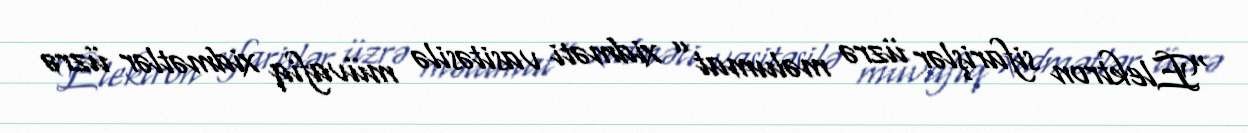
“Elektron sifarişlər üzrə məlumat” xidməti vasitəsilə müvafiq xidmətlər üzrə